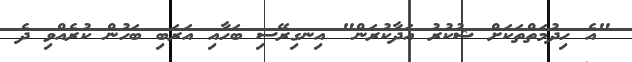
"އެ ހިދުމަތްތަކަށް ޝުކުރު އަދާކުރަން" އިނގިރޭސި ބަހާއި އަރަބި ބަހުން ކުރެއްވި ދެ